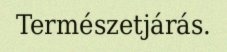
Természetjárás.